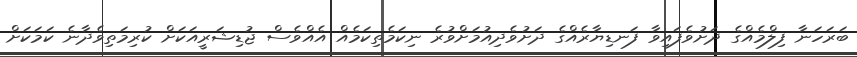
ބަރަހަނާ ފިލްމެއްގެ ދަށުވެފައިވާ ފަނޑިޔާރެއްގެ ދަށުވެދިއުމަށްވުރެ ނިކަމެތިކަމެއް އެއްވެސް ޖުޑިޝަރީއަކަށް ކުރިމަތިވެދާނެ ކަމަކަށް